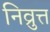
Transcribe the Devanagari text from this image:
निव्रुत्त